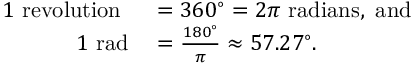
\begin{array} { r l } { 1 { \mathrm { ~ r e v o l u t i o n ~ } } } & { { } = 3 6 0 ^ { \circ } = 2 \pi { \mathrm { ~ r a d i a n s , ~ a n d } } } \\ { 1 { \mathrm { ~ r a d } } } & { { } = { \frac { 1 8 0 ^ { \circ } } { \pi } } \approx 5 7 . 2 7 ^ { \circ } . } \end{array}